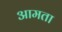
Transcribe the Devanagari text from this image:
आमता